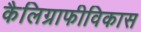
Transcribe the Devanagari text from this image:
कैलिग्राफीविकास